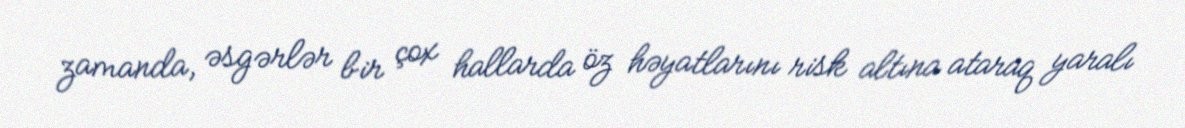
zamanda, əsgərlər bir çox hallarda öz həyatlarını risk altına ataraq yaralı